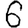
Digit: 6